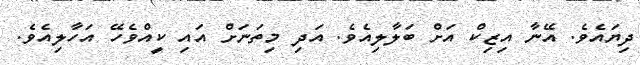
ދިޔައެވެ. އޭނާ އިޒިކް އަށް ބަލާލިއެވެ. އަދި މިތަނަށް އައި ކީއްވެހޭ އަހާލިއެވެ.